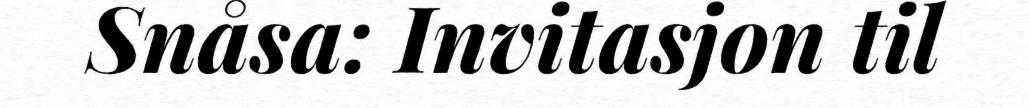
Snåsa: Invitasjon til